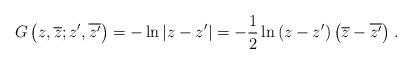
LaTeX: \begin{align*}G\left(z,\overline{z};z',\overline{z'}\right)=-\ln{\left|z-z'\right|}=-{1\over2}\ln{\left(z-z'\right)\left(\overline z-\overline {z'}\right)}\;.\end{align*}